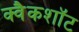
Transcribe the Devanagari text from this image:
क्वैकशॉट